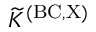
{ \widetilde K } ^ { \mathrm { { ( B C , X ) } } }